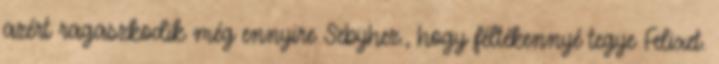
azért ragaszkodik még ennyire Sebyhez., hogy féltékennyé tegye Felixet.